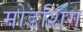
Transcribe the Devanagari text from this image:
मोडशिंग